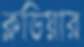
ক্লডিয়ার